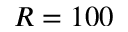
R = 1 0 0